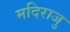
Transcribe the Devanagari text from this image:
मदिराजु